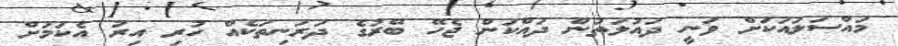
މައްސަލައަކަށް ވަނީ ދައުލަތުން ދައްކަން ޖެހޭ ބޭރުގެ ދަރަނިތަކެއް ހުރި އިރު އެކަމަށް